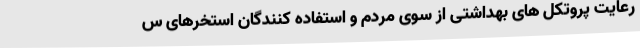
رعایت پروتکل های بهداشتی از سوی مردم و استفاده کنندگان استخرهای س